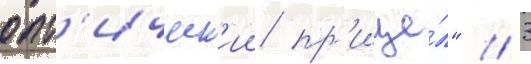
опт'ическ'ии пр'ице́л" // 3